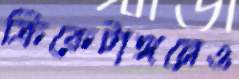
ক্রিকেটাঙ্গনেও